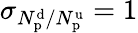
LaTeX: \sigma_{N_{\mathrm{p}}^{\mathrm{d}}/N_{\mathrm{p}}^{\mathrm{u}}}=1